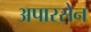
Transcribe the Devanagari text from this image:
अपारसेन